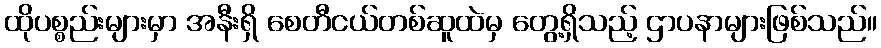
ထိုပစ္စည်းများမှာ အနီးရှိ စေတီငယ်တစ်ဆူထဲမှ တွေ့ရှိသည့် ဌာပနာများဖြစ်သည်။